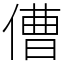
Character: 傮